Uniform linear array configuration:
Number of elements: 16
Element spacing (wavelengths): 0.5
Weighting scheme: cosine
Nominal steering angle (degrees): -60
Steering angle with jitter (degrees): -60.995
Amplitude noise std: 0.05
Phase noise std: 0.05

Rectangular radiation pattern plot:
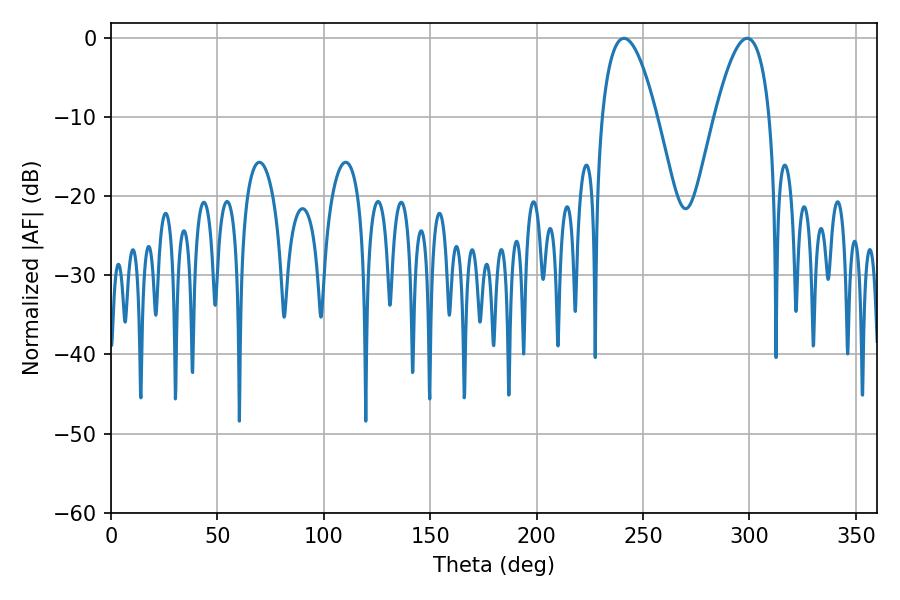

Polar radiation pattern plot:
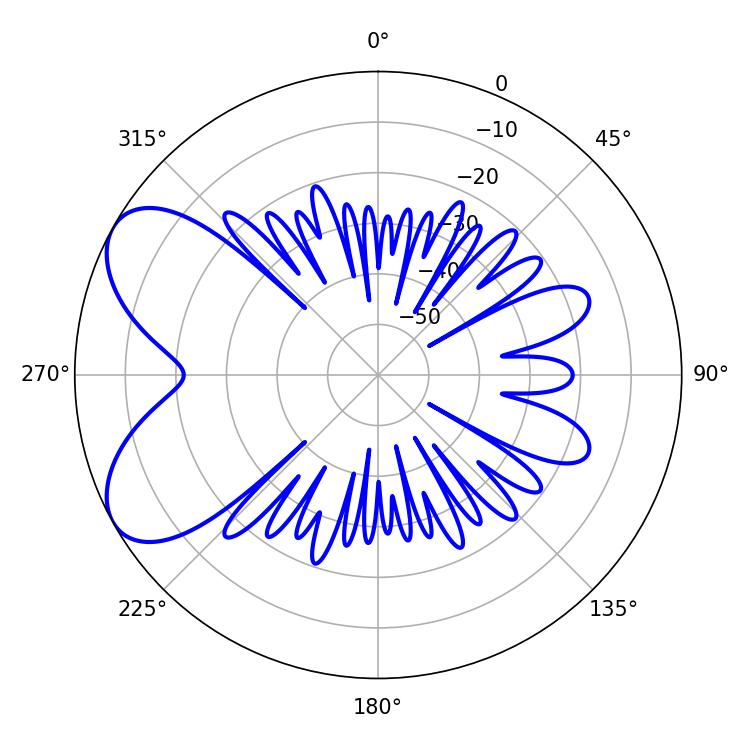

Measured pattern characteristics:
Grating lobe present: FALSE
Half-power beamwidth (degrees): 14.22
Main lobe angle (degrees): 241.02